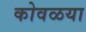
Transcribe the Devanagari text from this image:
कोवळया